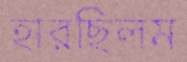
হারছিলম